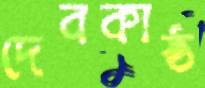
দেবকাষ্ঠ